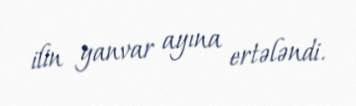
ilin yanvar ayına ertələndi.